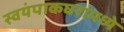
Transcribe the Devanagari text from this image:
स्वयंपाकघरांमध्ये